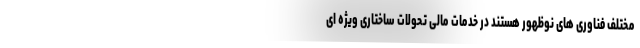
مختلف فناوری های نوظهور هستند در خدمات مالی تحولات ساختاری ویژه ای